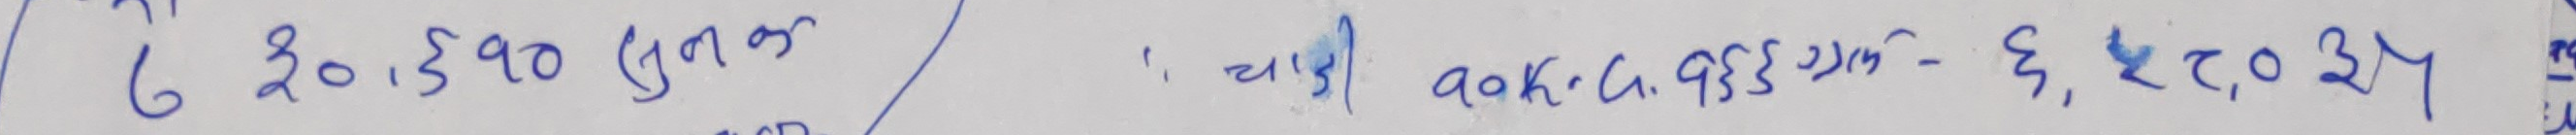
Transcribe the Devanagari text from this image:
6 २,०,५ ८९० (गुणक) / , च ग) कोक.ग.९ ३१ल- ६, ट, ०, ३